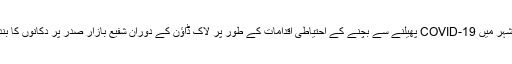
پشاور: شہر میں COVID-19 پھیلنے سے بچنے کے احتیاطی اقدامات کے طور پر لاک ڈاؤن کے دوران شفیع بازار صدر پر دکانوں کا بند نظارہ۔